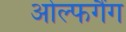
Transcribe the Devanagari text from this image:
ओल्फगैंग